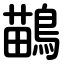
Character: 鶓